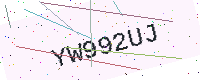
Text: YW992UJ